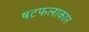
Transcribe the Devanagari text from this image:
षटफलाकार